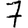
Digit: 7